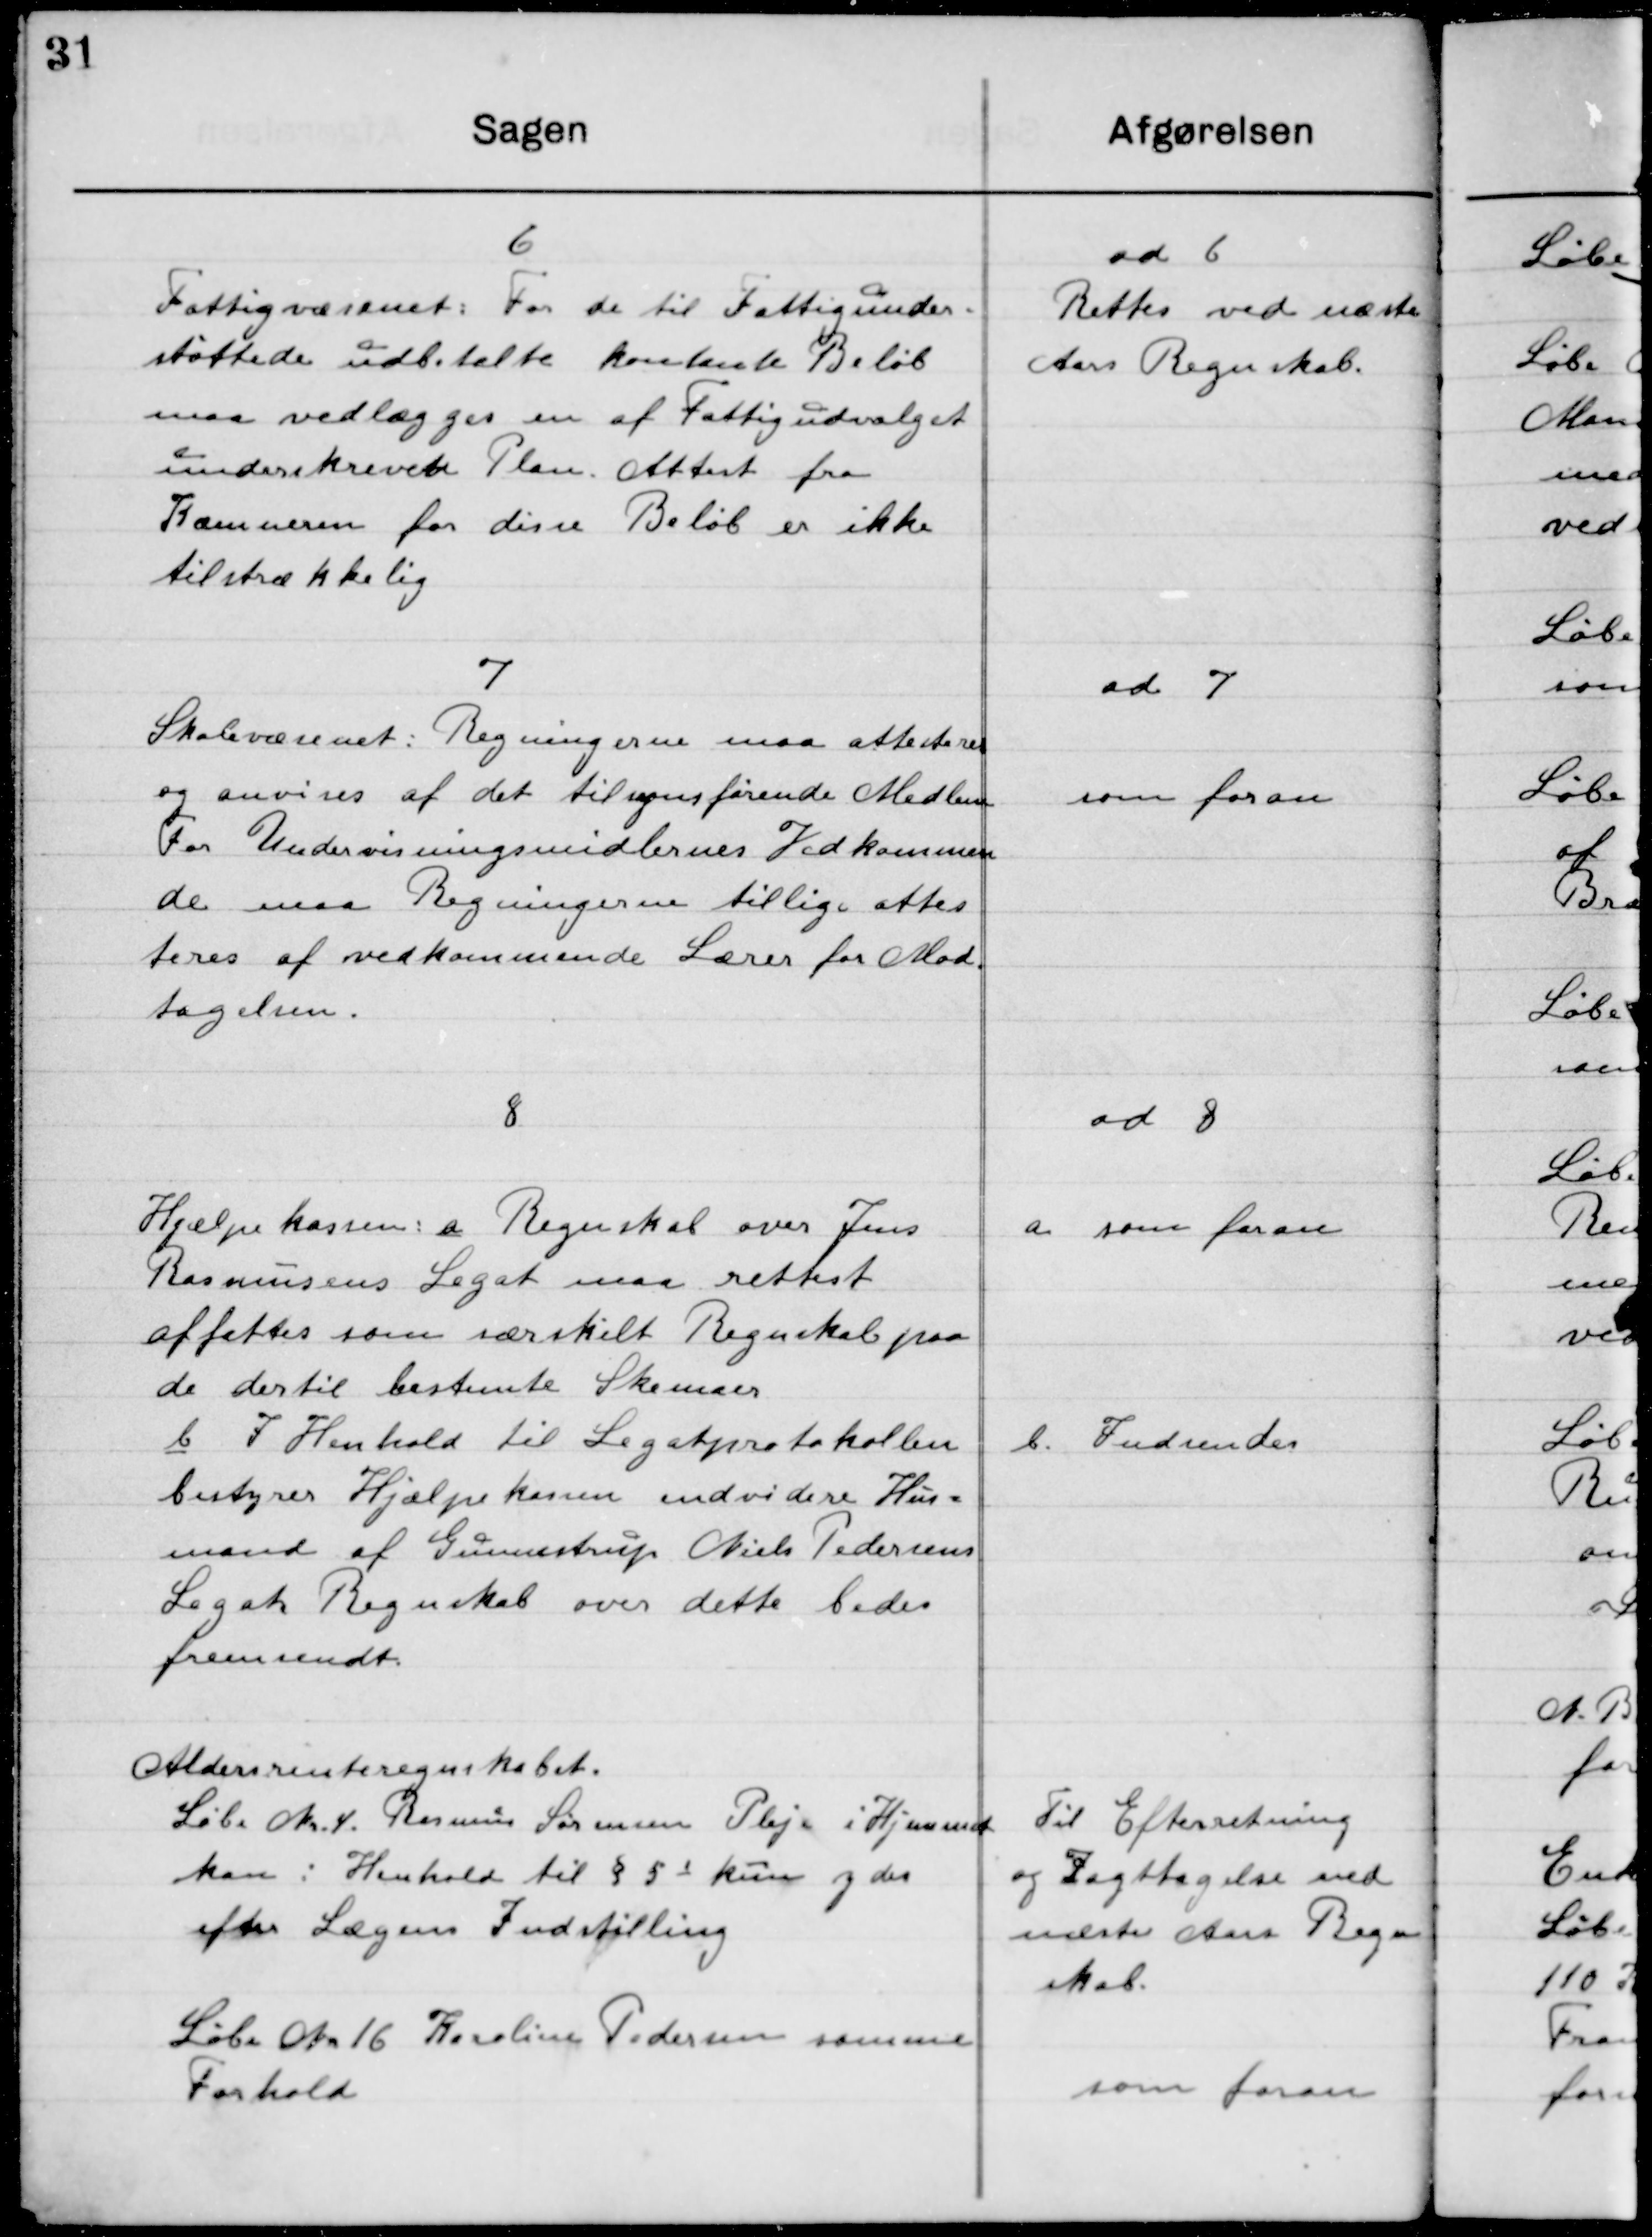
Transskription:
6
Fattigvæsenet: For de til fattigunder-
støttede udbetalte kontante Beløb
maa vedlægges en af Fattigudvalget
underskrevne Plan attest fra
Kommunen for disse Beløb er ikke
tilstrækkelig.

ad 6
Rettes ved næste 
Aars Regnskab

7
Skolevæsenet: Regningerne maa attesteres
og anvises af det tilsynsførende Medlem.
For Undervisningsmidlernes Vedkommen-
de maa Regningerne tillige atte-
steres af vedkommende Lærer for Mod-
tagelsen.

ad 7
som foran

8 
Hjælpekassen: a. Regnskab over Jens
Rasmussens Legat maa rettest
affattes som særskilt Regnskab paa
de dertil bestemte Skemaer
b. I Henhold til Legatprotokollen 
bestyrer Hjælpekassen endvidere Hus-
mand af Gunnestrup Niels Pedersen
Legat Regnskab over dette bedes 
fremsendt.

ad 8
a. som foran
b. Indsendes

Aldersrente regentskabet.
Løbe Nr. 4. Rasmus Sørensen Pleje i Hjemmet
kan i Henhold til § 5 i kun og der-
efter Lægens Indstilling

Til Efterretning
og Iagttagelse ved
næste Aars Regn-
skab

Løbe Nr. 16 Kauline Pedersen samme 
Forhold

som foran